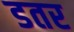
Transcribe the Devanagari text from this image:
डतर